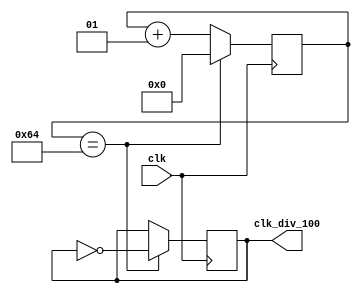
module div_100
  (input wire clk,
  output wire clk_div_100);
  
  integer i = 0;
  reg ciclo = 0;
  
  assign clk_div_100 = ciclo;
  
  always @ (posedge clk)
    begin
      i <= i + 1;
      if (i == 100) begin ciclo <= !ciclo; i <= 0; end
    end
  
endmodule